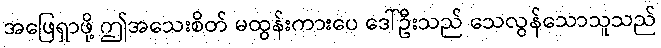
အဖြေရှာဖို့ ဤအသေးစိတ် မထွန်းကားပေ ဒေါ်ဦးသည် သေလွန်သောသူသည်